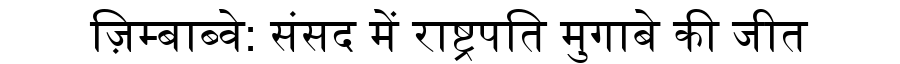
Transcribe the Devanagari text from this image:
ज़िम्बाब्वे: संसद में राष्ट्रपति मुगाबे की जीत